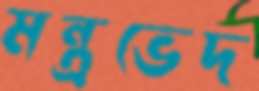
মন্ত্রভেদ